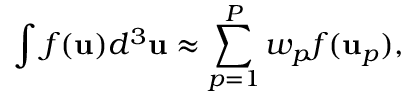
\int f ( \mathbf { u } ) d ^ { 3 } \mathbf { u } \approx \sum _ { p = 1 } ^ { P } w _ { p } f ( \mathbf { u } _ { p } ) ,